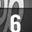
Digit: 6